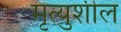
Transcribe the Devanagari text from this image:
मृत्युशील